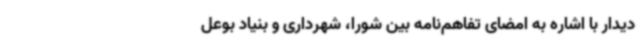
دیدار با اشاره به امضای تفاهم‌نامه بین شورا، شهرداری و بنیاد بوعل